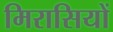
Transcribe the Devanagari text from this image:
मिरासियों